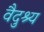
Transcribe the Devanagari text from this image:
वैदुश्य